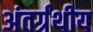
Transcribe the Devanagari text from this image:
अंतर्ग्रंथीय